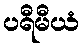
ပရီမီယံ